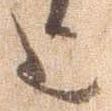
上